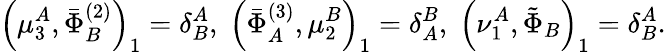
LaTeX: \left(\mu_{3}^{A},\bar{\Phi}_{B}^{(2)}\right)_{1}=\delta_{B}^{A},\; \left(\bar{\Phi}_{A}^{(3)},\mu_{2}^{B}\right)_{1}=\delta_{A}^{B},\; \left(\nu_{1}^{A},\tilde{\Phi}_{B}\right)_{1}=\delta_{B}^{A}.